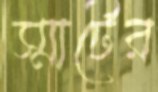
স্মার্টের